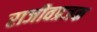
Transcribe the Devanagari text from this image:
राजीवप्रजक